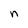
Character: n